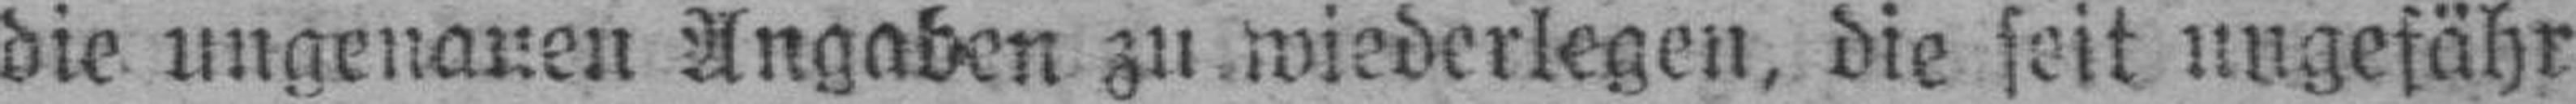
die ungenauen Angaben zu wiederlegen, die seit ungefähr